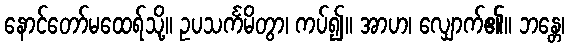
နောင်တော်မထေရ်သို့။ ဥပသင်္ကမိတွာ၊ ကပ်၍။ အာဟ၊ လျှောက်၏။ ဘန္တေ၊